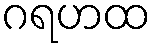
ဂရဟထ